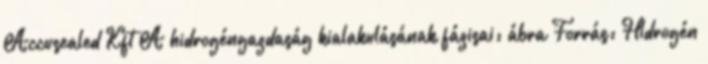
Accusealed Kft A hidrogéngazdaság kialakulásának fázisai: ábra Forrás: Hidrogén